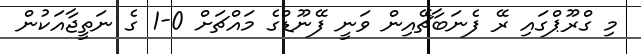
މި ގްރޫޕްގައި ރޭ ފެނަބާޗޭއިން ވަނީ ފޭނޫޑްގެ މައްޗަށް 0-1 ގެ ނަތީޖާއަކުން